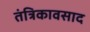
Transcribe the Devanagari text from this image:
तंत्रिकावसाद